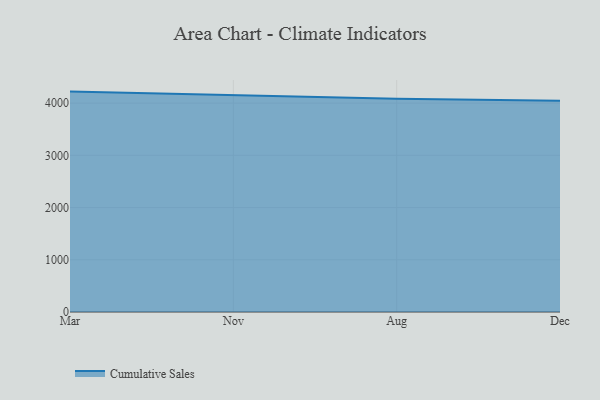
{"axis": {"x": "Month", "y": "Inventory Turnover"}, "legend": ["Cumulative Sales"], "data": [{"x": "Mar", "y": 4220.1, "type": "Cumulative Sales"}, {"x": "Nov", "y": 4144.5, "type": "Cumulative Sales"}, {"x": "Aug", "y": 4081.5, "type": "Cumulative Sales"}, {"x": "Dec", "y": 4042.7, "type": "Cumulative Sales"}]}